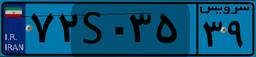
۴۹S۴۷۶۵۹